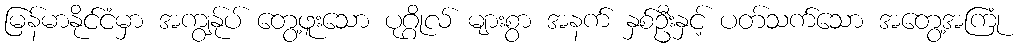
မြန်မာနိုင်ငံမှာ အကျွန်ုပ် တွေ့ဖူးသော ပုဂ္ဂိုလ် များစွာ အနက် နှစ်ဦးနှင့် ပတ်သက်သော အတွေ့အကြုံ